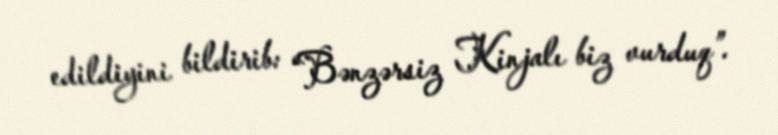
edildiyini bildirib: “Bənzərsiz Kinjalı biz vurduq”.